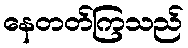
နေတတ်ကြသည်